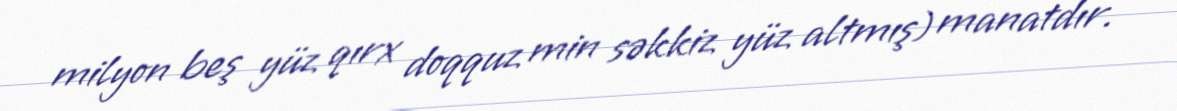
milyon beş yüz qırx doqquz min səkkiz yüz altmış) manatdır.